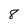
Character: 8